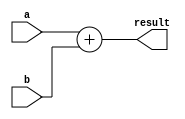

module Adder( input[11:0] a, b, output[11:0] result );
  
  assign result = a + b;
  
endmodule